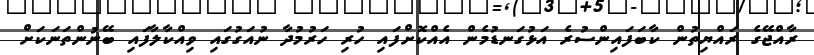
ރާއްޖޭގެ ރައްޔިތުން ކާބަފައިންސުރެ އަޅުގަނޑުމެން އެއްކޮށްފައި ހުރި ހަރުމުދާ ނުއަގުގައި ވިއްކާލާފައި ބޭނުންތަނަކަށް